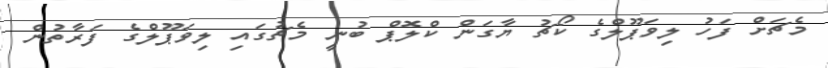
މެޗަށް ފަހު ލިވަޕޫލްގެ ކޯޗު ޔާގަން ކްލޮޕް ބުނީ މެޗުގައި ލިވަޕޫލްގެ ފަރާތުން